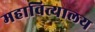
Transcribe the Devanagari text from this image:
महावित्त्यालय